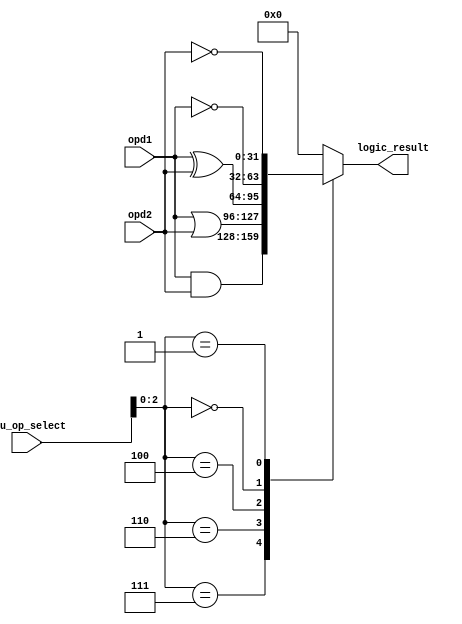
// Logic unit of the ALU

module logic_unit
    #(
    parameter OPD_LENGTH = 32
    )(
    input [OPD_LENGTH-1:0] opd1,
    input [OPD_LENGTH-1:0] opd2,
    input [3:0] alu_op_select,      // 0111 for AND, 0110 for OR, 0100 for XOR, 0000 for ~opd1, 0001 for ~opd2

    output [OPD_LENGTH-1:0] logic_result
    );

    localparam AND = 3'b111;
    localparam OR = 3'b110;
    localparam XOR = 3'b100;
    localparam NOT_OPD1 = 3'b000;
    localparam NOT_OPD2 = 3'b001;

    reg [OPD_LENGTH-1:0] logic_result_bf;

    assign logic_result = logic_result_bf;

    always @(*)
    begin
        case (alu_op_select[2:0])
        AND:        logic_result_bf <= opd1 & opd2;
        OR:         logic_result_bf <= opd1 | opd2;
        XOR:        logic_result_bf <= opd1 ^ opd2;
        NOT_OPD1:   logic_result_bf <= ~opd1;
        NOT_OPD2:   logic_result_bf <= ~opd2;
        default: 
        begin
            logic_result_bf <= 'b0;
            $display("WARNING: alu_op_select value %b at time %t doesn't match with any valid logical operation.", alu_op_select, $realtime);
        end
        endcase
    end
    

endmodule